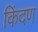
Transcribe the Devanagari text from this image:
किंदण